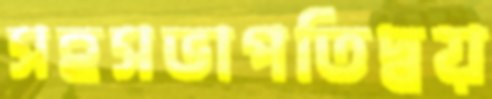
সহসভাপতিদ্বয়